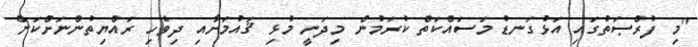
"މި ފުރްޞަތުގައި އަޅުގަނޑު މަސައްކަތް ކުރަމުން މިދަނީ މުޅި ޤައުމަށާއި ދިވެހި ރައްޔިތުންނަށްކަން